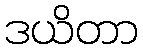
ဒယိတာ